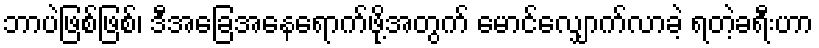
ဘာပဲဖြစ်ဖြစ်၊ ဒီအခြေအနေရောက်ဖို့အတွက် မောင်လျှောက်လာခဲ့ ရတဲ့ခရီးဟာ